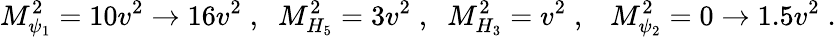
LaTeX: M_{\psi_{1}}^{2}=10v^{2}\to 16v^{2}\; ,\; \; M_{H_{5}}^{2}=3v^{2}\; ,\; \; M_{H_{3}}^{2}=v^{2}\; ,\; \; \; M_{\psi_{2}}^{2}=0\to 1.5v^{2}\; .